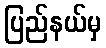
ပြည်နယ်မှ